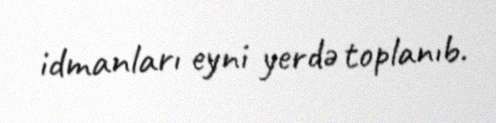
idmanları eyni yerdə toplanıb.